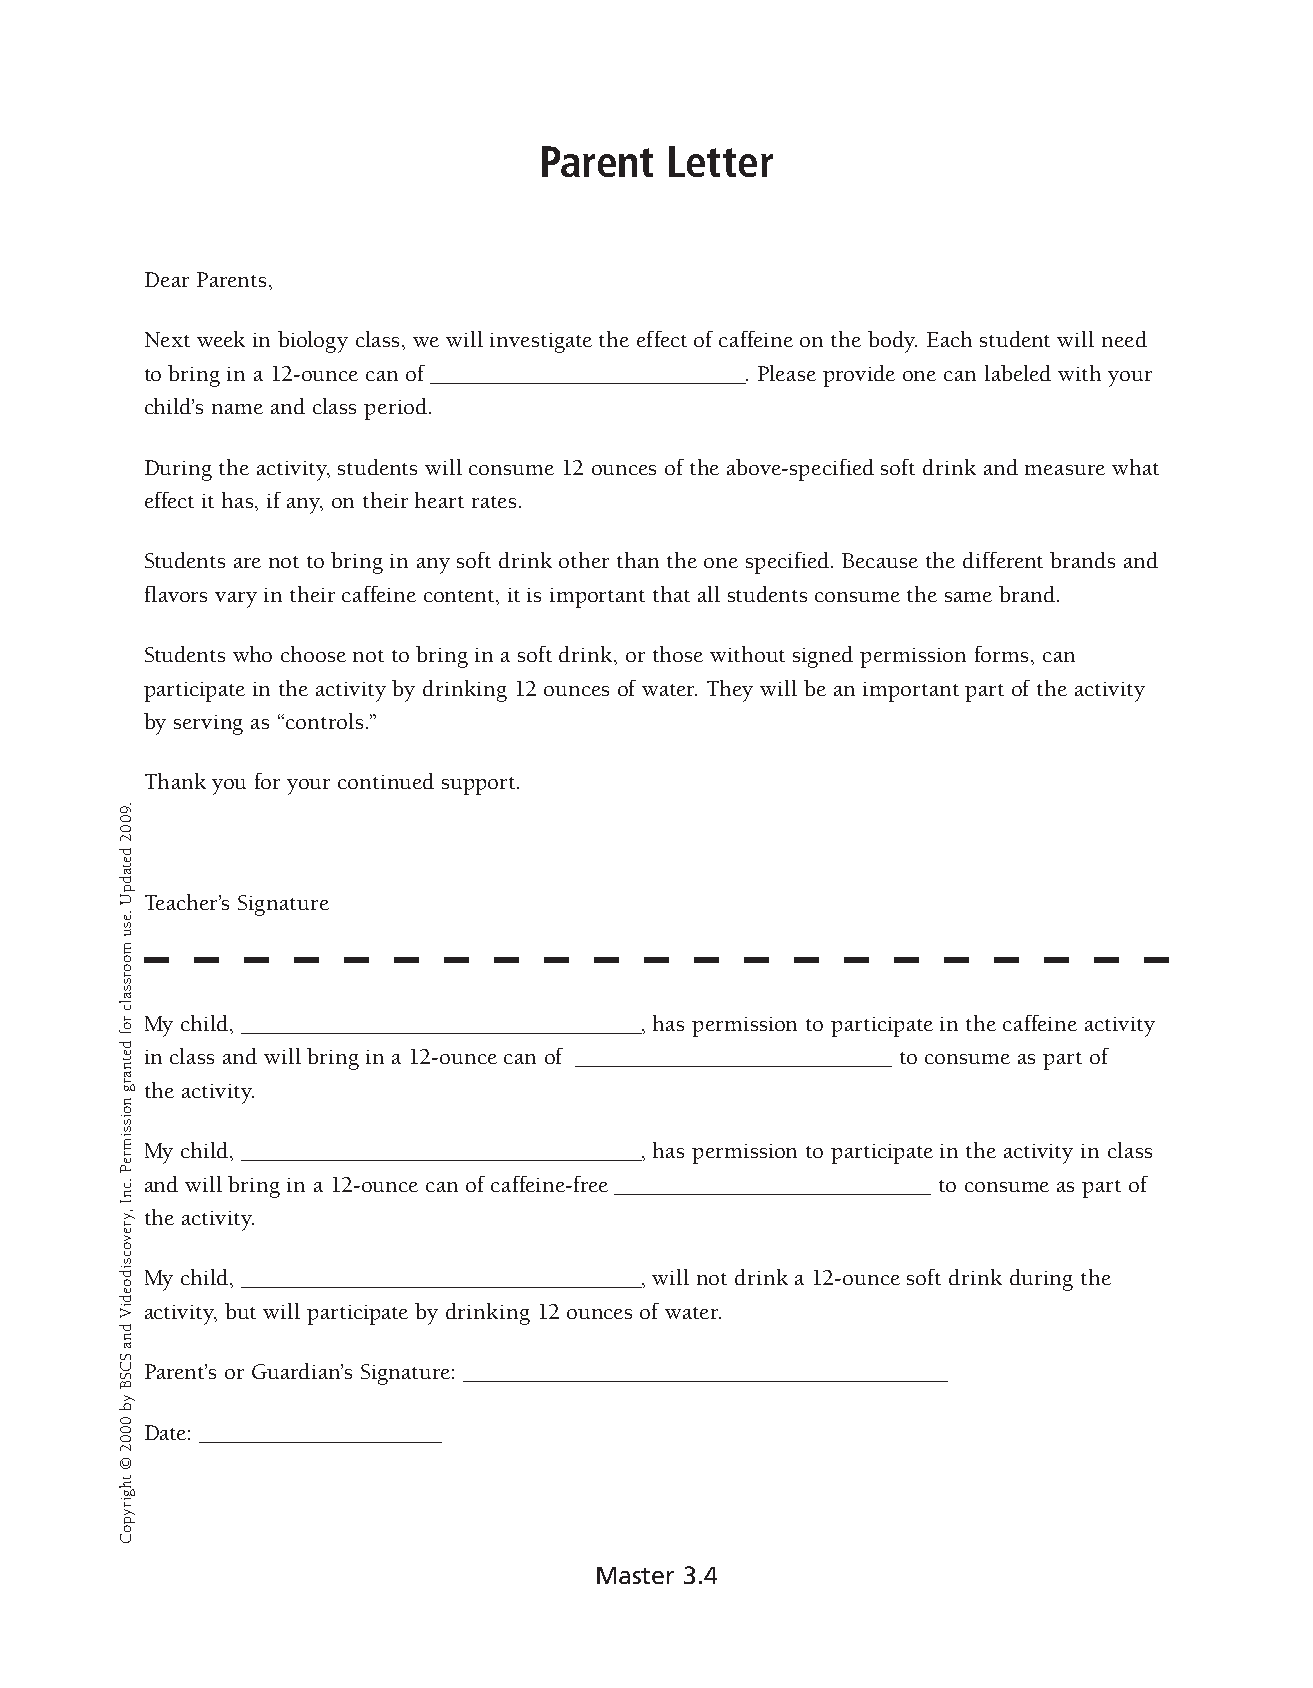
Parent  Letter  �
 Dear Parents,
 Next week in biology class, we will investigate the effect of caffeine on the body. Each student will need
 to bring in a 12-ounce can of ______________________________. Please provide one can labeled with your
 child’s name and class period.
 During the activity, students will consume 12 ounces of the above-specified soft drink and meas ure what
 effect it has, if any, on their heart rates.
 Students are not to bring in any soft drink other than the one specified. Because the different brands and
 flavors vary in their caffeine content, it is important that all students consume the same brand.
 Students who choose not to bring in a soft drink, or those without signed permission forms, can
 participate in the activity by drinking 12 ounces of water. They will be an important part of the activity
 by serving as “controls.”
 Thank you for your continued support.
 Teacher’s Signature
 My child, ______________________________________, has permission to participate in the caffeine activity
 in class and will bring in a 12-ounce can of ______________________________ to consume as part of
 the activity.
 My child, ______________________________________, has permission to participate in the activity in class
 and will bring in a 12-ounce can of caffeine-free ______________________________ to consume as part of
 the activity.
 My child, ______________________________________, will not drink a 12-ounce soft drink during the
 activity, but will participate by drinking 12 ounces of water.
 Parent’s or Guardian’s Signature: ______________________________________________
 Date: _______________________
 Master 3.4
 .9002
 detadpU
 .esu
 moorssalc
 rof
 detnarg
 noissimreP
 .cnI
 ,yrevocsidoediV
 dna
 SCSB
 yb
 0002
 ©
 thgirypoC